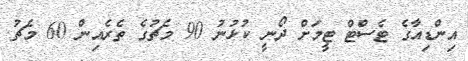
އިންޑިއާގެ ޓެސްޓް ޓީމަށް ދޯނީ ކުޅުނު 90 މެޗުގެ ތެެރެއިން 60 މެޗު